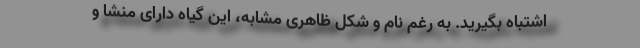
اشتباه بگیرید. به رغم نام و شکل ظاهری مشابه، این گیاه دارای منشا و